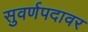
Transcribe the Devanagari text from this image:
सुवर्णपदावर